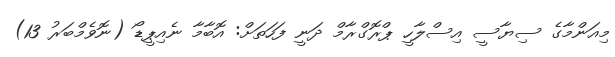
މިއަންމާގެ ސިޔާސީ އިސްލާހީ ޕްރޮގްރާމް ދަނީ ފަހަތަށް: އޮބާމާ ނެއިޕީޑޯ (ނޮވެމްބަރު 13)